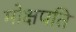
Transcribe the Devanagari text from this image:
मोक्षपति